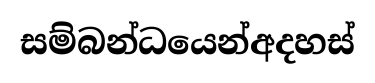
සම්බන්ධයෙන්අදහස්